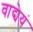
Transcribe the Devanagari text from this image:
वाद्येयं